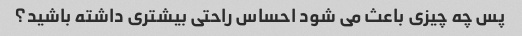
پس چه چیزی باعث می شود احساس راحتی بیشتری داشته باشید؟